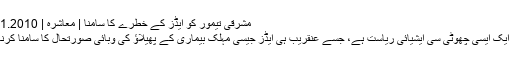
مشرقی تیمور کو ایڈز کے خطرے کا سامنا | معاشرہ | DW | 09.01.2010
مشرقی تیمور ایک ایسی چھوٹی سی ایشیائی ریاست ہے، جسے عنقریب ہی ایڈز جیسی مہلک بیماری کے پھیلاؤ کی وبائی صورتحال کا سامنا کرنا پڑ سکتا ہے۔